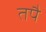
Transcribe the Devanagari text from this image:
तपै